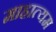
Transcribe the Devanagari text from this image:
माहात्यम